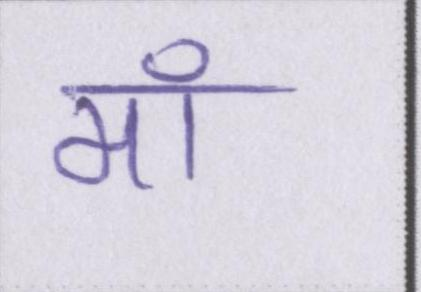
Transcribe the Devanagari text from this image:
मॉ